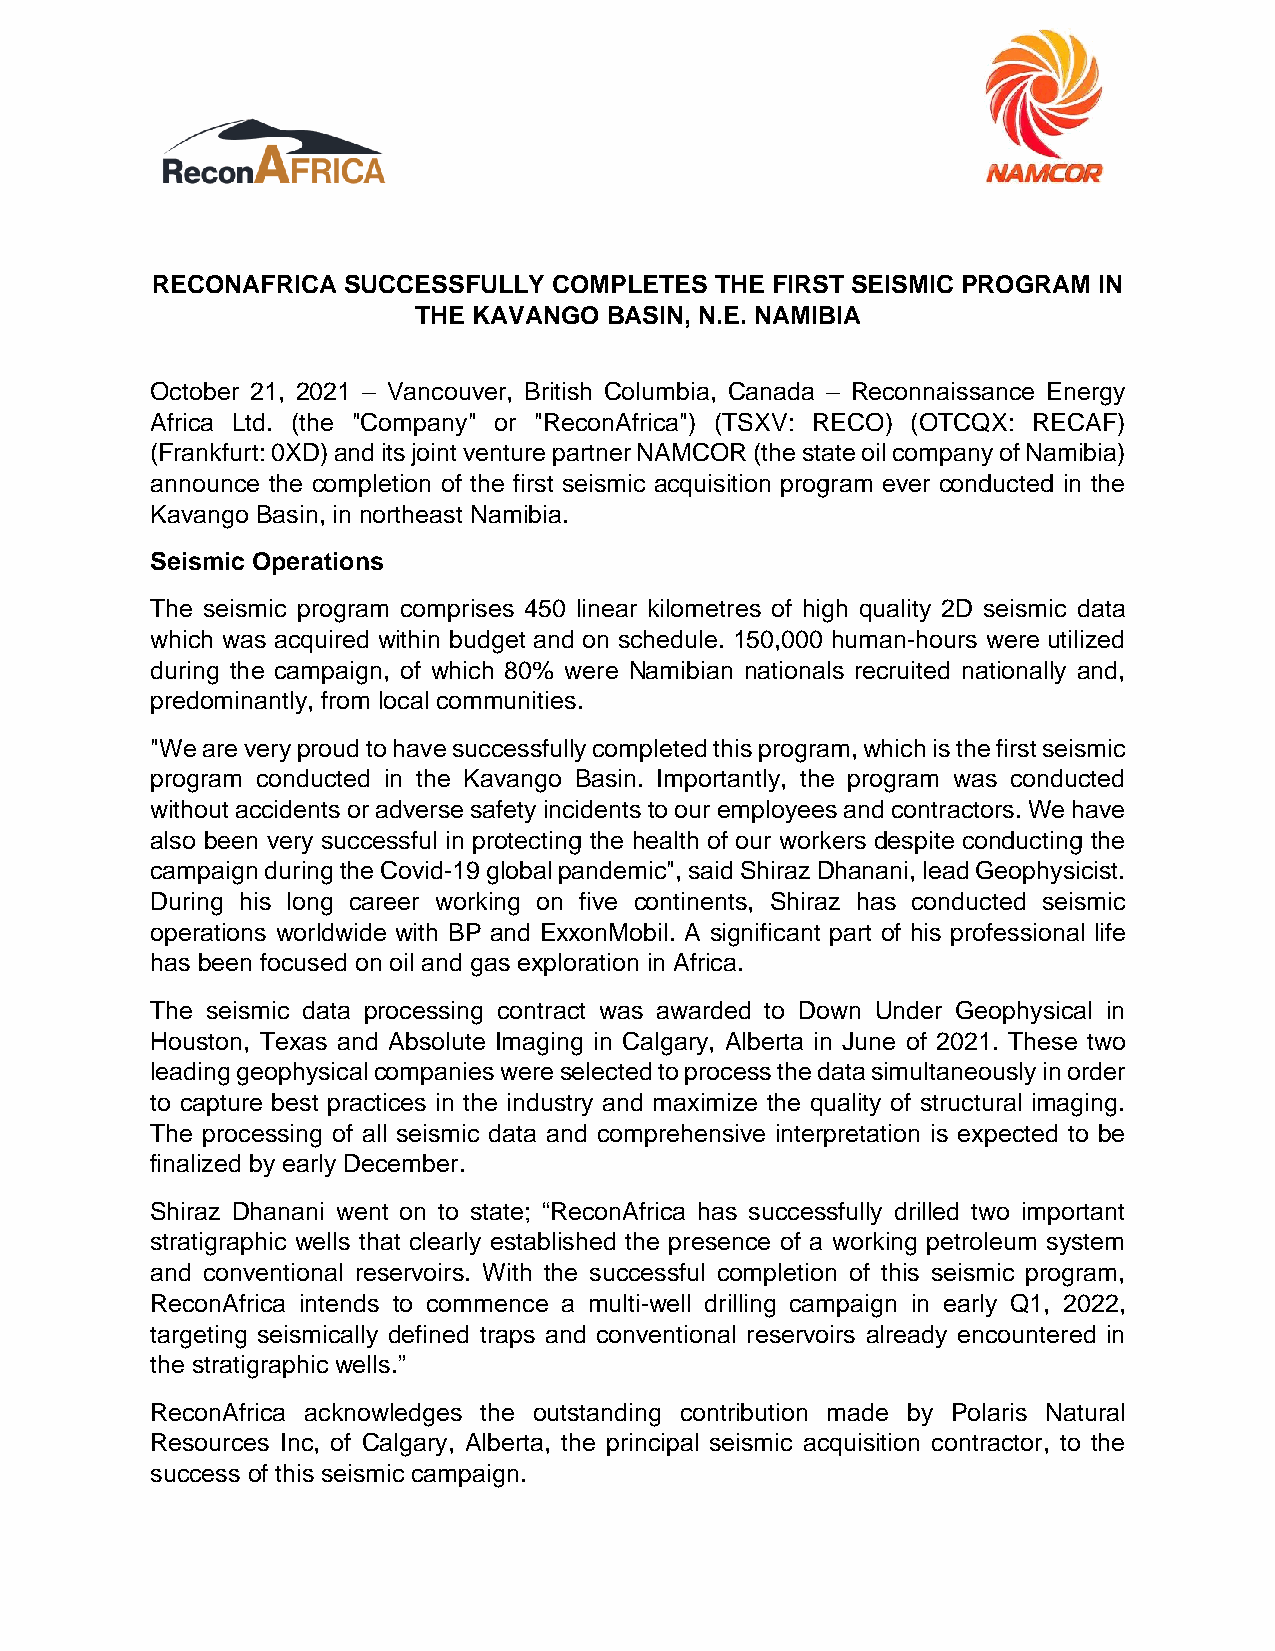
RECONAFRICA  SUCCESSFULLY  COMPLETES THE FIRST SEISMIC PROGRAM IN
 THE KAVANGO  BASIN, N.E. NAMIBIA
 October 21, 2021 – Vancouver, British Columbia, Canada – Reconnaissance Energy
 Africa Ltd. (the "Company" or "ReconAfrica") (TSXV: RECO) (OTCQX: RECAF)
 (Frankfurt: 0XD) and its joint venture partner NAMCOR (the state oil company of Namibia)
 announce the completion of the first seismic acquisition program ever conducted in the
 Kavango Basin, in northeast Namibia.
 Seismic Operations
 The seismic program comprises 450 linear kilometres of high quality 2D seismic data
 which was acquired within budget and on schedule. 150,000 human-hours were utilized
 during the campaign, of which 80% were Namibian nationals recruited nationally and,
 predominantly, from local communities.
 "We are very proud to have successfully completed this program, which is the first seismic
 program conducted in the Kavango Basin. Importantly, the program was conducted
 without accidents or adverse safety incidents to our employees and contractors. We have
 also been very successful in protecting the health of our workers despite conducting the
 campaign during the Covid-19 global pandemic", said Shiraz Dhanani, lead Geophysicist.
 During his long career working on five continents, Shiraz has conducted seismic
 operations worldwide with BP and ExxonMobil. A significant part of his professional life
 has been focused on oil and gas exploration in Africa.
 The seismic data processing contract was awarded to Down Under Geophysical in
 Houston, Texas and Absolute Imaging in Calgary, Alberta in June of 2021. These two
 leading geophysical companies were selected to process the data simultaneously in order
 to capture best practices in the industry and maximize the quality of structural imaging.
 The processing of all seismic data and comprehensive interpretation is expected to be
 finalized by early December.
 Shiraz Dhanani went on to state; “ReconAfrica has successfully drilled two important
 stratigraphic wells that clearly established the presence of a working petroleum system
 and conventional reservoirs. With the successful completion of this seismic program,
 ReconAfrica intends to commence a multi-well drilling campaign in early Q1, 2022,
 targeting seismically defined traps and conventional reservoirs already encountered in
 the stratigraphic wells.”
 ReconAfrica acknowledges the outstanding contribution made by Polaris Natural
 Resources Inc, of Calgary, Alberta, the principal seismic acquisition contractor, to the
 success of this seismic campaign.